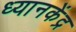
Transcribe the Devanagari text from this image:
ध्यानकेंद्र